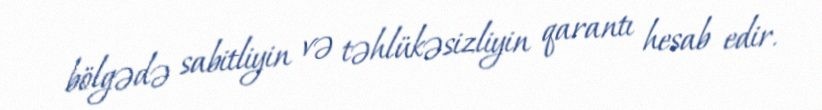
bölgədə sabitliyin və təhlükəsizliyin qarantı hesab edir.